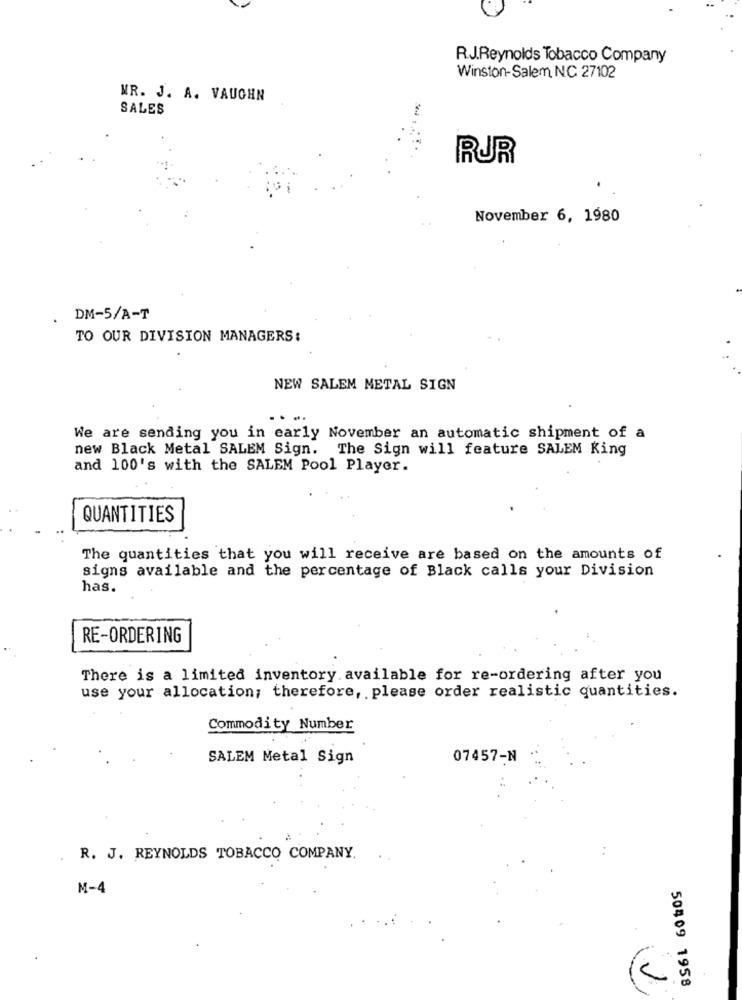
R.J.Reynolds Tobacco Company
Winston-Salem NC 27102
MR. J. A. VAUGHN
SALES
RUR
November 6, 1980
DM-5/A-T
TO OUR DIVISION MANAGERS:
NEW SALEM METAL SIGN
..
We are sending you in early November an automatic shipment of a
new Black Metal SALEM Sign. The Sign will feature SALEM King
and 100's with the SALEM Pool Player.
QUANTITIES
The quantities that you will receive are based on the amounts of
signs available and the percentage of Black calls your Division
has.
RE-ORDERING
There is a limited inventory available for re-ordering after you
use your allocation; therefore, please order realistic quantities.
Commodity Number
SALEM Metal Sign
07457-N
R. J. REYNOLDS TOBACCO COMPANY.
M-4
50409 1958